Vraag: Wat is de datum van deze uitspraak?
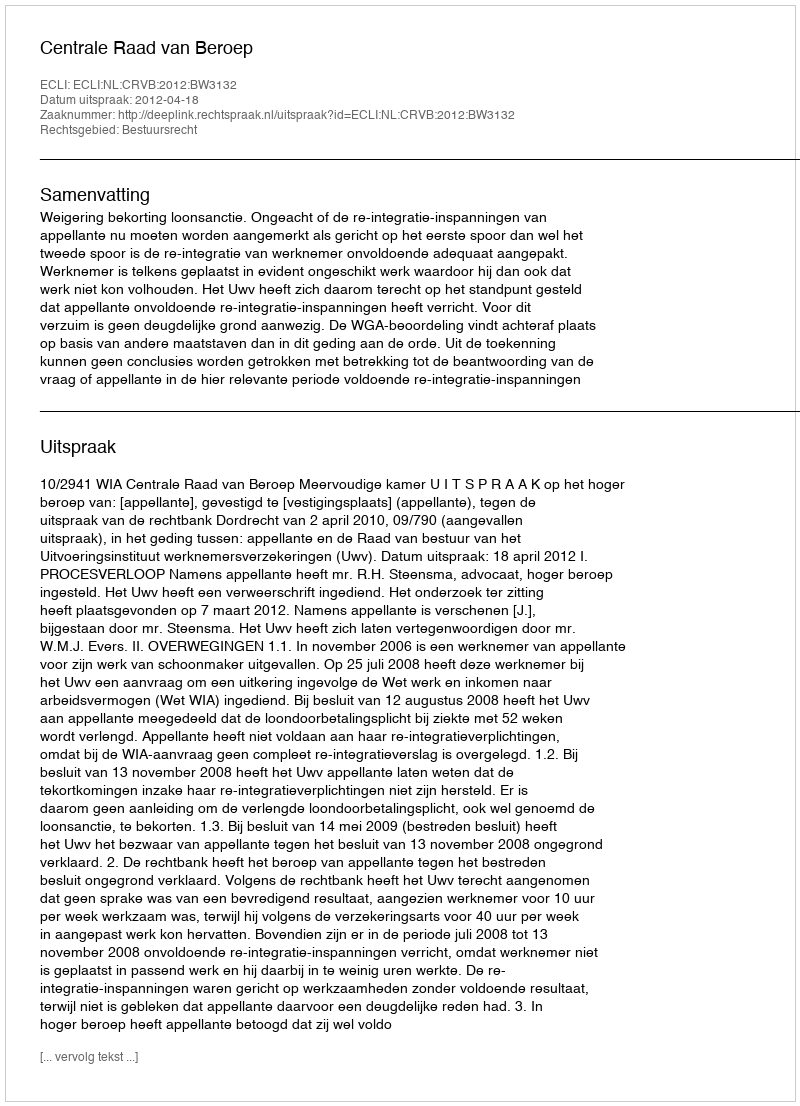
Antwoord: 2012-04-18